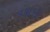
વઘાસી